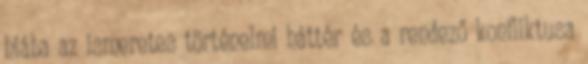
hiába az ismeretes történelmi háttér és a rendező konfliktusa